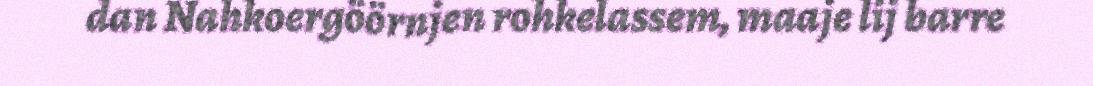
dan Nahkoergöörnjen rohkelassem, maaje lij barre